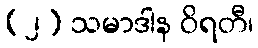
(၂) သမာဒါန ဝိရတီ၊